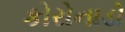
કોરોનાડો